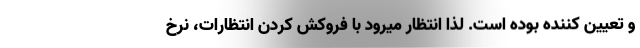
و تعیین کننده بوده است. لذا انتظار میرود با فروکش کردن انتظارات، نرخ